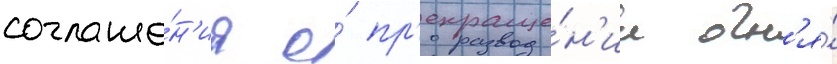
соглаше́н'иа о́ пр'екраще́н'ии огн'я́